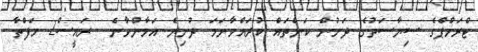
ޓްރަމްޕްގެ ސިޔާސަތުގެ ދަށުން ކަންތައް ކުރައްވާނަމަ ދުނިޔެ އަމާންވާނެ  ރައީސް2 ހަފްތާ